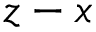
z - x